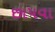
છાપવા